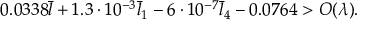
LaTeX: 0 . 0 3 3 8 \bar { l } + 1 . 3 \cdot 1 0 ^ { - 3 } \bar { l } _ { 1 } - 6 \cdot 1 0 ^ { - 7 } \bar { l } _ { 4 } - 0 . 0 7 6 4 > O ( \lambda ) .